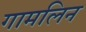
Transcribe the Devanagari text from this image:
गामलिन